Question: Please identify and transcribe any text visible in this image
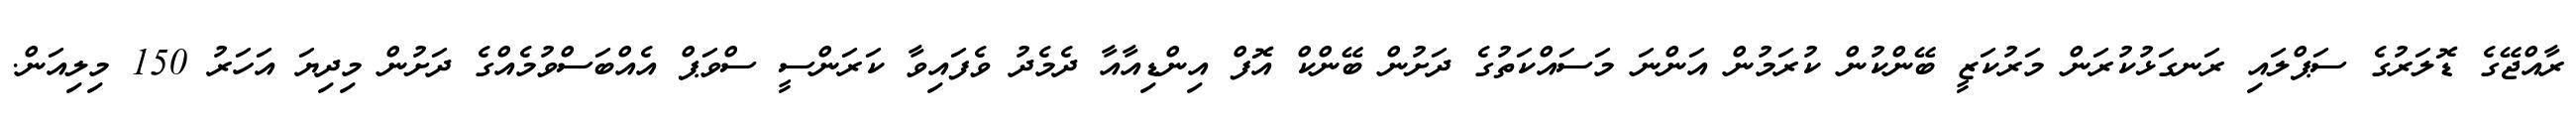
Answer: ރާއްޖޭގެ ޑޮލަރުގެ ސަޕްލައި ރަނގަޅުކުރަން މަރުކަޒީ ބޭންކުން ކުރަމުން އަންނަ މަސައްކަތުގެ ދަށުން ބޭންކް އޮފް އިންޑިއާއާ ދެމެދު ވެފައިވާ ކަރަންސީ ސްވަޕް އެއްބަސްވުމެއްގެ ދަށުން މިދިޔަ އަހަރު 150 މިލިއަން.